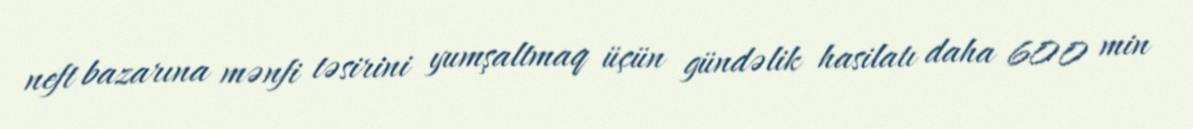
neft bazarına mənfi təsirini yumşaltmaq üçün gündəlik hasilatı daha 600 min